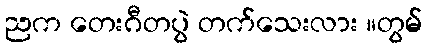
ညက တေးဂီတပွဲ တက်သေးလား ။တွမ်